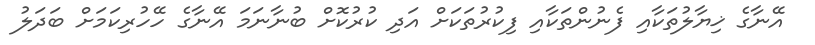
އޭނާގެ ޚިޔާލުތަކާއި ފެނުންތަކާއި ފިކުރުތަކަށް އަދި ކުރުކޮށް ބުނާނަމަ އޭނާގެ ހޭހުރިކަމަށް ބަދަލު